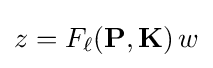
z=F_{\ell }(\mathbf {P} ,\mathbf {K} )\,w